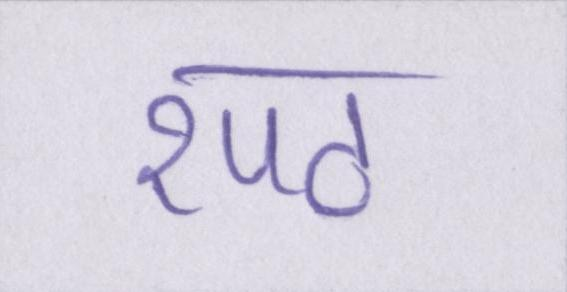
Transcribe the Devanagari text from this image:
रपट